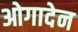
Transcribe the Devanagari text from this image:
ओगादेन